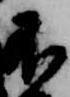
不